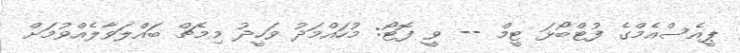
ޕީއެސްއެމްގެ ފުޓްބޯޅަ ޓީމް -- ވީ ފޮޓޯ: މުހައްމަދު ވަހީދު މިމެޗް ބައްލަވާލެއްވުމަށް